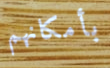
بأمكانهم